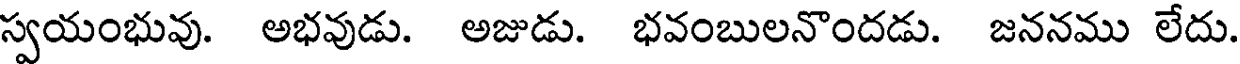
స్వయంభువు. అభవుడు. అజుడు. భవంబులనొందడు. జననము లేదు.